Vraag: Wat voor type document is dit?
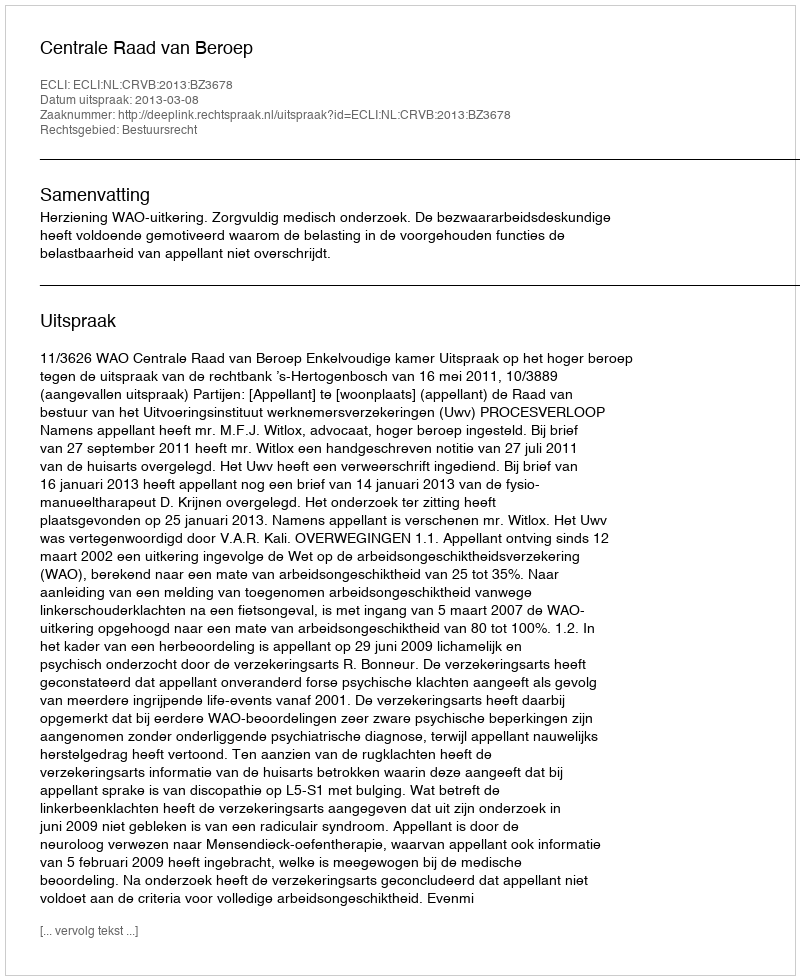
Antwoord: Uitspraak